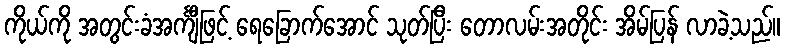
ကိုယ်ကို အတွင်းခံအင်္ကျီဖြင့် ရေခြောက်အောင် သုတ်ပြီး တောလမ်းအတိုင်း အိမ်ပြန် လာခဲ့သည်။